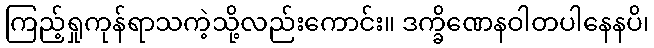
ကြည့်ရှုကုန်ရာသကဲ့သို့လည်းကောင်း။ ဒက္ခိဏေနဝါတပါနေနပိ၊